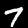
Digit: 7